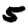
Digit: 5